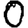
Digit: 0